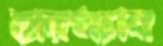
হারম্যান